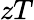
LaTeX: zT